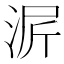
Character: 𬇳